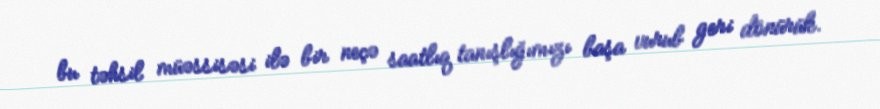
bu təhsil müəssisəsi ilə bir neçə saatlıq tanışlığımızı başa vurub geri dönürük.